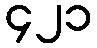
၄၂၁